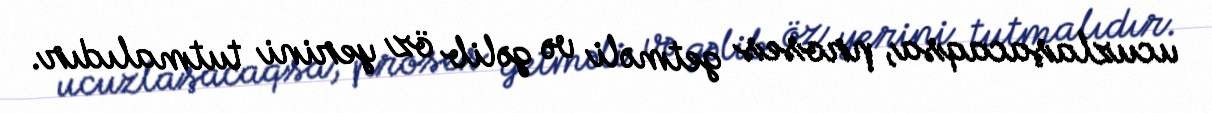
ucuzlaşacaqsa, proses getməli və gəlib öz yerini tutmalıdır.